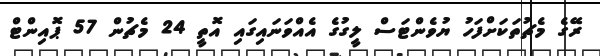
ރޭގެ މެޗުތަކަށްފަހު ޔުވެންޓަސް ލީގުގެ އެއްވަނައިގައި އޮތީ 24 މެޗުން 57 ޕޮއިންޓް